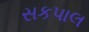
સકપાલ